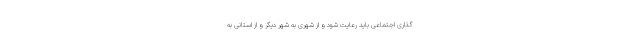
گذاری اجتماعی باید رعایت شود و از شهری به شهر دیگر و از استانی به